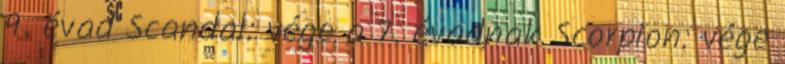
9. évad Scandal: vége a 7. évadnak Scorpion: vége